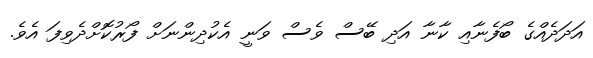
އަދަދެއްގެ ބޯފެނާއި ކާނާ އަދި ބޭސް ވެސް ވަނީ އެކުދިންނަށް ފޯރުކޮށްދެވިފަ އެވެ.